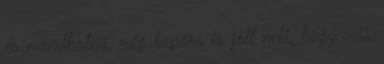
és mondhatná, még kapóra is jött neki, hogy más